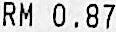
RM 0.87